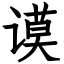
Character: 谟